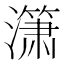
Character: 𰝞